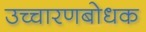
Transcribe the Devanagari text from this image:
उच्चारणबोधक